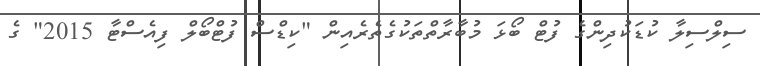
ސިލްސިލާ ކުޑަކުދިންގެ ފުޓް ބޯޅަ މުބާރާތްތަކުގެތެރެއިން "ކިޑްސް ފުޓްބޯލް ފިއެސްޓާ 2015" ގެ